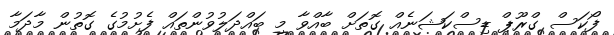
ފޯކަސް ގްރޫޕް ޑިސްކަޝަނެއް ގޮތަށް ބާއްވާ މި ބައްދަލުވުންތައް ފެށުމުގެ ގޮތުން މާދަމާ